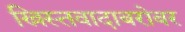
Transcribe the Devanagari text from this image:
ख्रिस्तवादाबरोबर